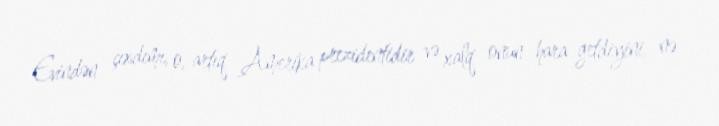
Evindən çıxdımı, o, artıq Amerika prezidentidir və xalq onun hara getdiyini, nə